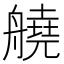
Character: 𦪛